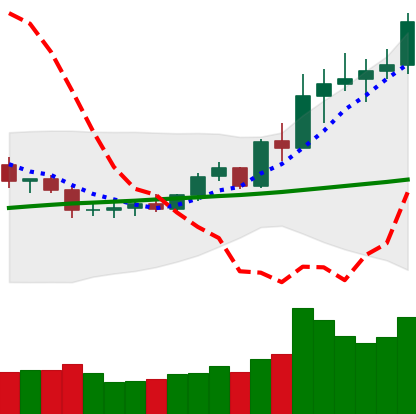
Ticker: ETC-USD
Chart end date: 2020-08-01
Forward return: -8.988%
Label: down_7plus